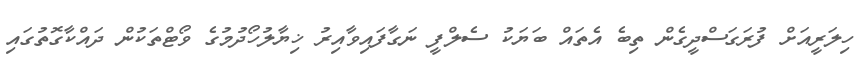
ހިލަރީއަށް ފުރަގަސްދީގެން ތިބެ އެތައް ބަޔަކު ސެލްފީ ނަގާފައިވާއިރު ޚިޔާލުހޯދުމުގެ ވޯޓްތަކުން ދައްކާގޮތުގައި